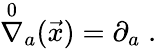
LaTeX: \stackrel{0}{\nabla}_{a}(\vec{x})=\partial_{a}\; .